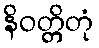
နိဝတ္တိတုံ